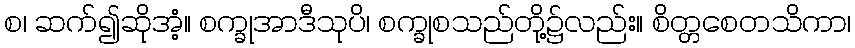
စ၊ ဆက်၍ဆိုအံ့။ စက္ခုအာဒီသုပိ၊ စက္ခုစသည်တို့၌လည်း။ စိတ္တစေတသိကာ၊